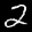
Label: 2